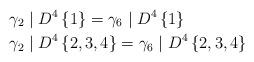
LaTeX: \begin{align*}\gamma_{2} & \mid D^{4}\left\{ 1\right\} =\gamma_{6}\mid D^{4}\left\{1\right\} \\\gamma_{2} & \mid D^{4}\left\{ 2,3,4\right\} =\gamma_{6}\mid D^{4}\left\{2,3,4\right\} \end{align*}